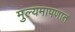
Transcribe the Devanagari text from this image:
मुल्यमापणात